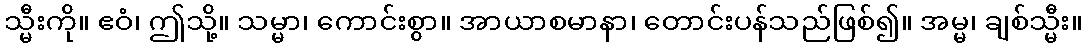
သ္မီးကို။ ဧဝံ၊ ဤသို့။ သမ္မာ၊ ကောင်းစွာ။ အာယာစမာနာ၊ တောင်းပန်သည်ဖြစ်၍။ အမ္မ၊ ချစ်သ္မီး။